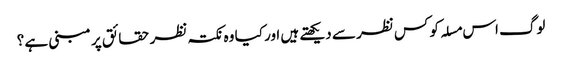
لوگ اس مسلہ کو کس نظر سے دیکھتے ہیں اور کیا وہ نکتہ نظر حقائق پر مبنی ہے ؟